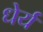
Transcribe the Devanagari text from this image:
धेर्य